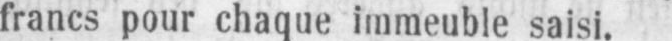
francs pour chaque immeuble saisi.